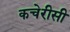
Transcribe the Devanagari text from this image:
कचेरीसी